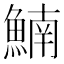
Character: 𩹞